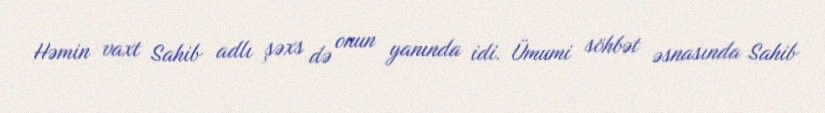
Həmin vaxt Sahib adlı şəxs də onun yanında idi. Ümumi söhbət əsnasında Sahib